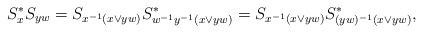
\begin{align*}S_x^*S_{yw}=S_{x^{-1}(x\vee yw)}S^*_{w^{-1}y^{-1}(x\vee yw)}=S_{x^{-1}(x\vee yw)}S^*_{(yw)^{-1}(x\vee yw)},\end{align*}